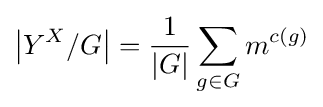
\left|Y^{X}/G\right|={\frac {1}{|G|}}\sum _{g\in G}m^{c(g)}